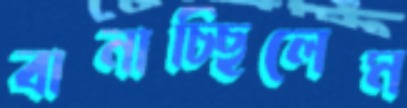
বানাচ্ছিলেম